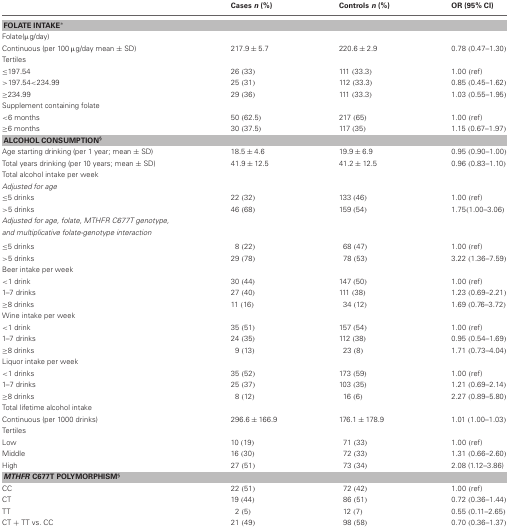
<table><thead><tr><td></td><td><b>Cases <i>n</i> (%)</b></td><td><b>Controls <i>n</i> (%)</b></td><td><b>OR (95% CI)</b></td></tr></thead><tbody><tr><td colspan="4"><b>FOLATE INTAKE<sup>*</sup></b></td></tr><tr><td>Folate(μg/day)</td><td></td><td></td><td></td></tr><tr><td>Continuous (per 100 μg/day mean ± SD)</td><td>217.9 ± 5.7</td><td>220.6 ± 2.9</td><td>0.78 (0.47–1.30)</td></tr><tr><td>Tertiles</td><td></td><td></td><td></td></tr><tr><td>≤197.54</td><td>26 (33)</td><td>111 (33.3)</td><td>1.00 (ref)</td></tr><tr><td>&gt;197.54&lt;234.99</td><td>25 (31)</td><td>112 (33.3)</td><td>0.85 (0.45–1.62)</td></tr><tr><td>≥234.99</td><td>29 (36)</td><td>111 (33.3)</td><td>1.03 (0.55–1.95)</td></tr><tr><td>Supplement containing folate</td><td></td><td></td><td></td></tr><tr><td>&lt;6 months</td><td>50 (62.5)</td><td>217 (65)</td><td>1.00 (ref)</td></tr><tr><td>≥6 months</td><td>30 (37.5)</td><td>117 (35)</td><td>1.15 (0.67–1.97)</td></tr><tr><td colspan="4"><b>ALCOHOL CONSUMPTION<sup>§</sup></b></td></tr><tr><td>Age starting drinking (per 1 year; mean ± SD)</td><td>18.5 ± 4.6</td><td>19.9 ± 6.9</td><td>0.95 (0.90–1.00)</td></tr><tr><td>Total years drinking (per 10 years; mean ± SD)</td><td>41.9 ± 12.5</td><td>41.2 ± 12.5</td><td>0.96 (0.83–1.10)</td></tr><tr><td>Total alcohol intake per week</td><td></td><td></td><td></td></tr><tr><td><i>Adjusted for age</i></td><td></td><td></td><td></td></tr><tr><td>≤5 drinks</td><td>22 (32)</td><td>133 (46)</td><td>1.00 (ref)</td></tr><tr><td>&gt;5 drinks</td><td>46 (68)</td><td>159 (54)</td><td>1.75 (1.00–3.06)</td></tr><tr><td><i>Adjusted for age, folate, MTHFR C677T genotype, and multiplicative folate-genotype interaction</i></td><td></td><td></td><td></td></tr><tr><td>≤5 drinks</td><td>8 (22)</td><td>68 (47)</td><td>1.00 (ref)</td></tr><tr><td>&gt;5 drinks</td><td>29 (78)</td><td>78 (53)</td><td>3.22 (1.36–7.59)</td></tr><tr><td>Beer intake per week</td><td></td><td></td><td></td></tr><tr><td>&lt;1 drink</td><td>30 (44)</td><td>147 (50)</td><td>1.00 (ref)</td></tr><tr><td>1–7 drinks</td><td>27 (40)</td><td>111 (38)</td><td>1.23 (0.69–2.21)</td></tr><tr><td>≥8 drinks</td><td>11 (16)</td><td>34 (12)</td><td>1.69 (0.76–3.72)</td></tr><tr><td>Wine intake per week</td><td></td><td></td><td></td></tr><tr><td>&lt;1 drink</td><td>35 (51)</td><td>157 (54)</td><td>1.00 (ref)</td></tr><tr><td>1–7 drinks</td><td>24 (35)</td><td>112 (38)</td><td>0.95 (0.54–1.69)</td></tr><tr><td>≥8 drinks</td><td>9 (13)</td><td>23 (8)</td><td>1.71 (0.73–4.04)</td></tr><tr><td>Liquor intake per week</td><td></td><td></td><td></td></tr><tr><td>&lt;1 drinks</td><td>35 (52)</td><td>173 (59)</td><td>1.00 (ref)</td></tr><tr><td>1–7 drinks</td><td>25 (37)</td><td>103 (35)</td><td>1.21 (0.69–2.14)</td></tr><tr><td>≥8 drinks</td><td>8 (12)</td><td>16 (6)</td><td>2.27 (0.89–5.80)</td></tr><tr><td>Total lifetime alcohol intake</td><td></td><td></td><td></td></tr><tr><td>Continuous (per 1000 drinks)</td><td>296.6 ± 166.9</td><td>176.1 ± 178.9</td><td>1.01 (1.00–1.03)</td></tr><tr><td>Tertiles</td><td></td><td></td><td></td></tr><tr><td>Low</td><td>10 (19)</td><td>71 (33)</td><td>1.00 (ref)</td></tr><tr><td>Middle</td><td>16 (30)</td><td>72 (33)</td><td>1.31 (0.66–2.60)</td></tr><tr><td>High</td><td>27 (51)</td><td>73 (34)</td><td>2.08 (1.12–3.86)</td></tr><tr><td colspan="4"><b><i>MTHFR</i> C677T POLYMORPHISM<sup>§</sup></b></td></tr><tr><td>CC</td><td>22 (51)</td><td>72 (42)</td><td>1.00 (ref)</td></tr><tr><td>CT</td><td>19 (44)</td><td>86 (51)</td><td>0.72 (0.36–1.44)</td></tr><tr><td>TT</td><td>2 (5)</td><td>12 (7)</td><td>0.55 (0.11–2.65)</td></tr><tr><td>CT + TT vs. CC</td><td>21 (49)</td><td>98 (58)</td><td>0.70 (0.36–1.37)</td></tr></tbody></table>